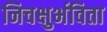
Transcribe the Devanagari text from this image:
निचक्षुर्भविता